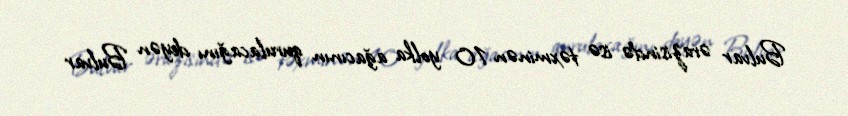
Bulvar ərazisində isə təxminən 10 yolka ağacının qurulacağını deyən Bulvar